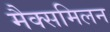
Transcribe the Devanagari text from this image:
मैक्समिलन